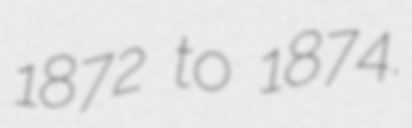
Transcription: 1872 to 1874.